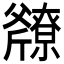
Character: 𫿿